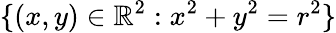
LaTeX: \{ (x,y)\in\mathbb{R}^{2}:x^{2}+y^{2}=r^{2}\}